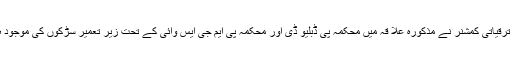
دورے کے دوران ضلع ترقیاتی کمشنر نے مذکورہ علا قہ میں محکمہ پی ڈبلیو ڈی اور محکمہ پی ایم جی ایس وائی کے تحت زیر تعمیر سڑکوں کی موجود ہ حالت کا جائزہ بھی لیا۔